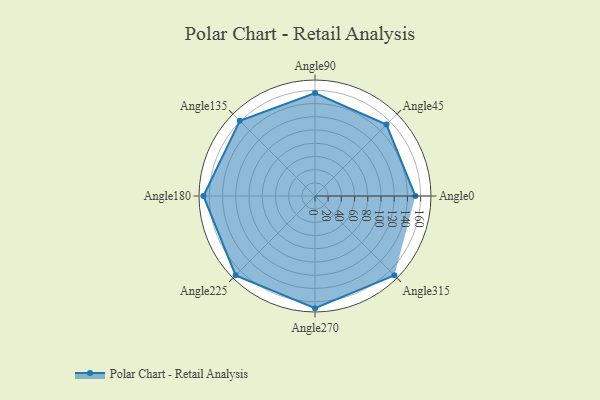
{"axis": {"x": "Angle", "y": "Radius"}, "legend": [""], "data": [{"x": "Angle0", "y": 152.0, "type": ""}, {"x": "Angle45", "y": 153.0, "type": ""}, {"x": "Angle90", "y": 156.0, "type": ""}, {"x": "Angle135", "y": 161.0, "type": ""}, {"x": "Angle180", "y": 169.0, "type": ""}, {"x": "Angle225", "y": 170, "type": ""}, {"x": "Angle270", "y": 170, "type": ""}, {"x": "Angle315", "y": 170, "type": ""}]}